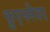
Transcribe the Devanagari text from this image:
फ़ुएनमेयर